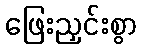
ဖြေးညှင်းစွာ